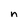
Character: n